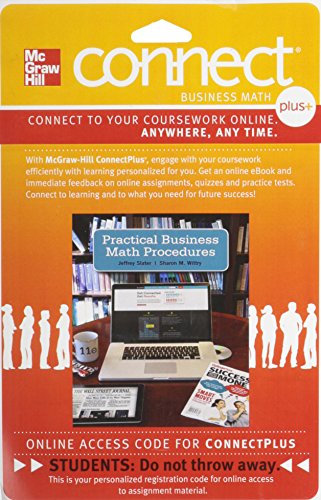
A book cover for Connect 1-Semester Access Card for Practical Business Math Procedures; Jeffrey Slater; Business & Money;